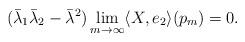
LaTeX: \begin{align*}(\bar \lambda_1\bar\lambda_2 -\bar \lambda^2)\lim_{m\rightarrow\infty} \langle X,e_2 \rangle(p_m)=0.\end{align*}